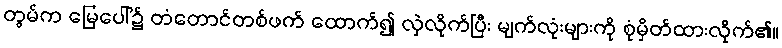
တွမ်က မြေပေါ်၌ တံတောင်တစ်ဖက် ထောက်၍ လှဲလိုက်ပြီး မျက်လုံးများကို စုံမှိတ်ထားလိုက်၏။